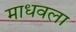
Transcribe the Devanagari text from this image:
माधवला